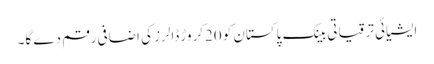
ایشیائی ترقیاتی بینک پاکستان کو 20کروڑ ڈالرز کی اضافی رقم دے گا۔